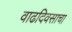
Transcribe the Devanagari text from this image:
वाढदिवसाचा